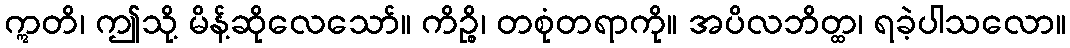
ဣတိ၊ ဤသို့ မိန့်ဆိုလေသော်။ ကိဉ္စိ၊ တစုံတရာကို။ အပိလဘိတ္ထ၊ ရခဲ့ပါသလော။